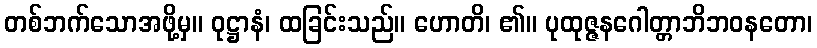
တစ်ဘက်သောအဖို့မှ။ ဝုဋ္ဌာနံ၊ ထခြင်းသည်။ ဟောတိ၊ ၏။ ပုထုဇ္ဇနဂေါတ္တာဘိဘဝနတော၊